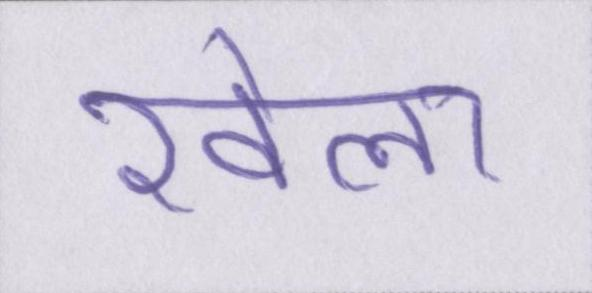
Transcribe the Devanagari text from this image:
खेला